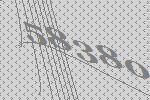
58380